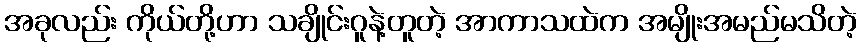
အခုလည်း ကိုယ်တို့ဟာ သချိုင်းဂူနဲ့တူတဲ့ အာကာသထဲက အမျိုးအမည်မသိတဲ့